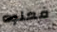
فعلوه